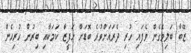
ޒޭބާ ބަލިވެގެން ވެފައި ހުރި ދެރައަށްވުރެ ބޮޑަށް ހަފީޒާ ކަމަކާއި ބިރުން ހުރިހެން